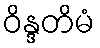
ဝိန္ဒတိမံ